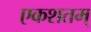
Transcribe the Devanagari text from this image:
एकशतम्